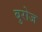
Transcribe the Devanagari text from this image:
बुरोज